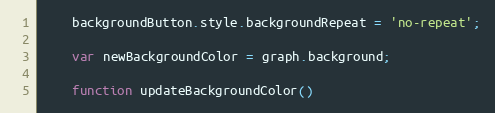
Language: JavaScript
	backgroundButton.style.backgroundRepeat = 'no-repeat';

	var newBackgroundColor = graph.background;

	function updateBackgroundColor()